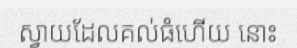
ស្វាយដែលគល់ធំហើយ នោះ